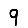
Digit: 9